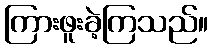
ကြားဖူးခဲ့ကြသည်။